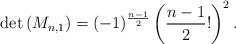
\begin{align*} \operatorname{det}\left(M_{n,1}\right)=(-1)^{\frac{n-1}{2}}\left(\frac{n-1}{2} !\right)^{2}. \end{align*}